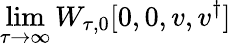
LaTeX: \operatorname*{lim}_{\tau\rightarrow\infty}W_{\tau,0}[0,0,{v},{v}^{\dagger}]